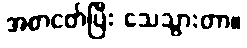
အစာငတ်ပြီး သေသွားတာ။